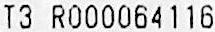
T3 R000064116